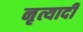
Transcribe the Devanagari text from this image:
नृत्यादी